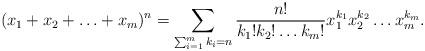
LaTeX: \begin{align*}(x_1+x_2+\ldots+x_m)^n=\sum_{\sum_{i=1}^mk_i=n}\frac{n!}{k_1!k_2!\ldots k_m!}x_1^{k_1}x_2^{k_2}\ldots x_m^{k_m}.\end{align*}